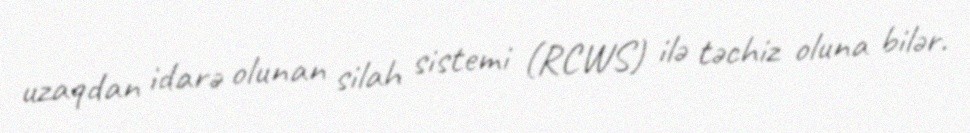
uzaqdan idarə olunan silah sistemi (RCWS) ilə təchiz oluna bilər.